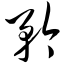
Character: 矜